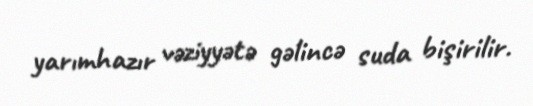
yarımhazır vəziyyətə gəlincə suda bişirilir.